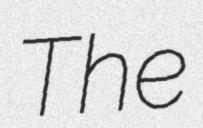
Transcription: The